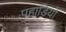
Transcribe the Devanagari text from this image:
पहाडि़यो